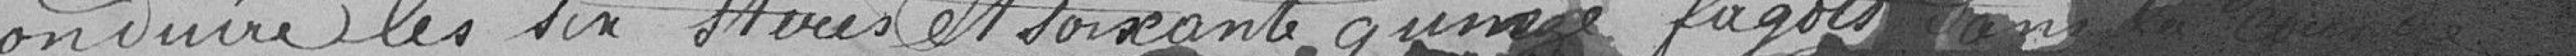
conduire les six stères et soixante quatre fagots sans la cour de